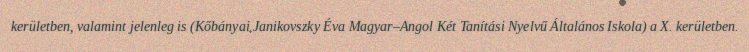
kerületben, valamint jelenleg is (Kőbányai Janikovszky Éva Magyar–Angol Két Tanítási Nyelvű Általános Iskola) a X. kerületben.